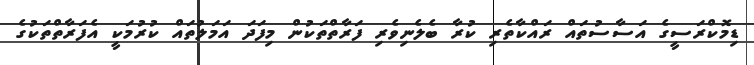
ޑިމޮކްރަސީގެ އަސާސުތައް ރައްކާތެރި ކުރާ ބެލެނިވެރި ފަރާތްތަކުން މިފަދަ އަމަލުތައް ކުރުމަކީ އެފަރާތްތަކުގެ